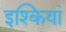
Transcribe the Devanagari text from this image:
इश्कियां